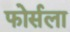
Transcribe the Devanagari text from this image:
फोर्सला